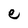
Character: e